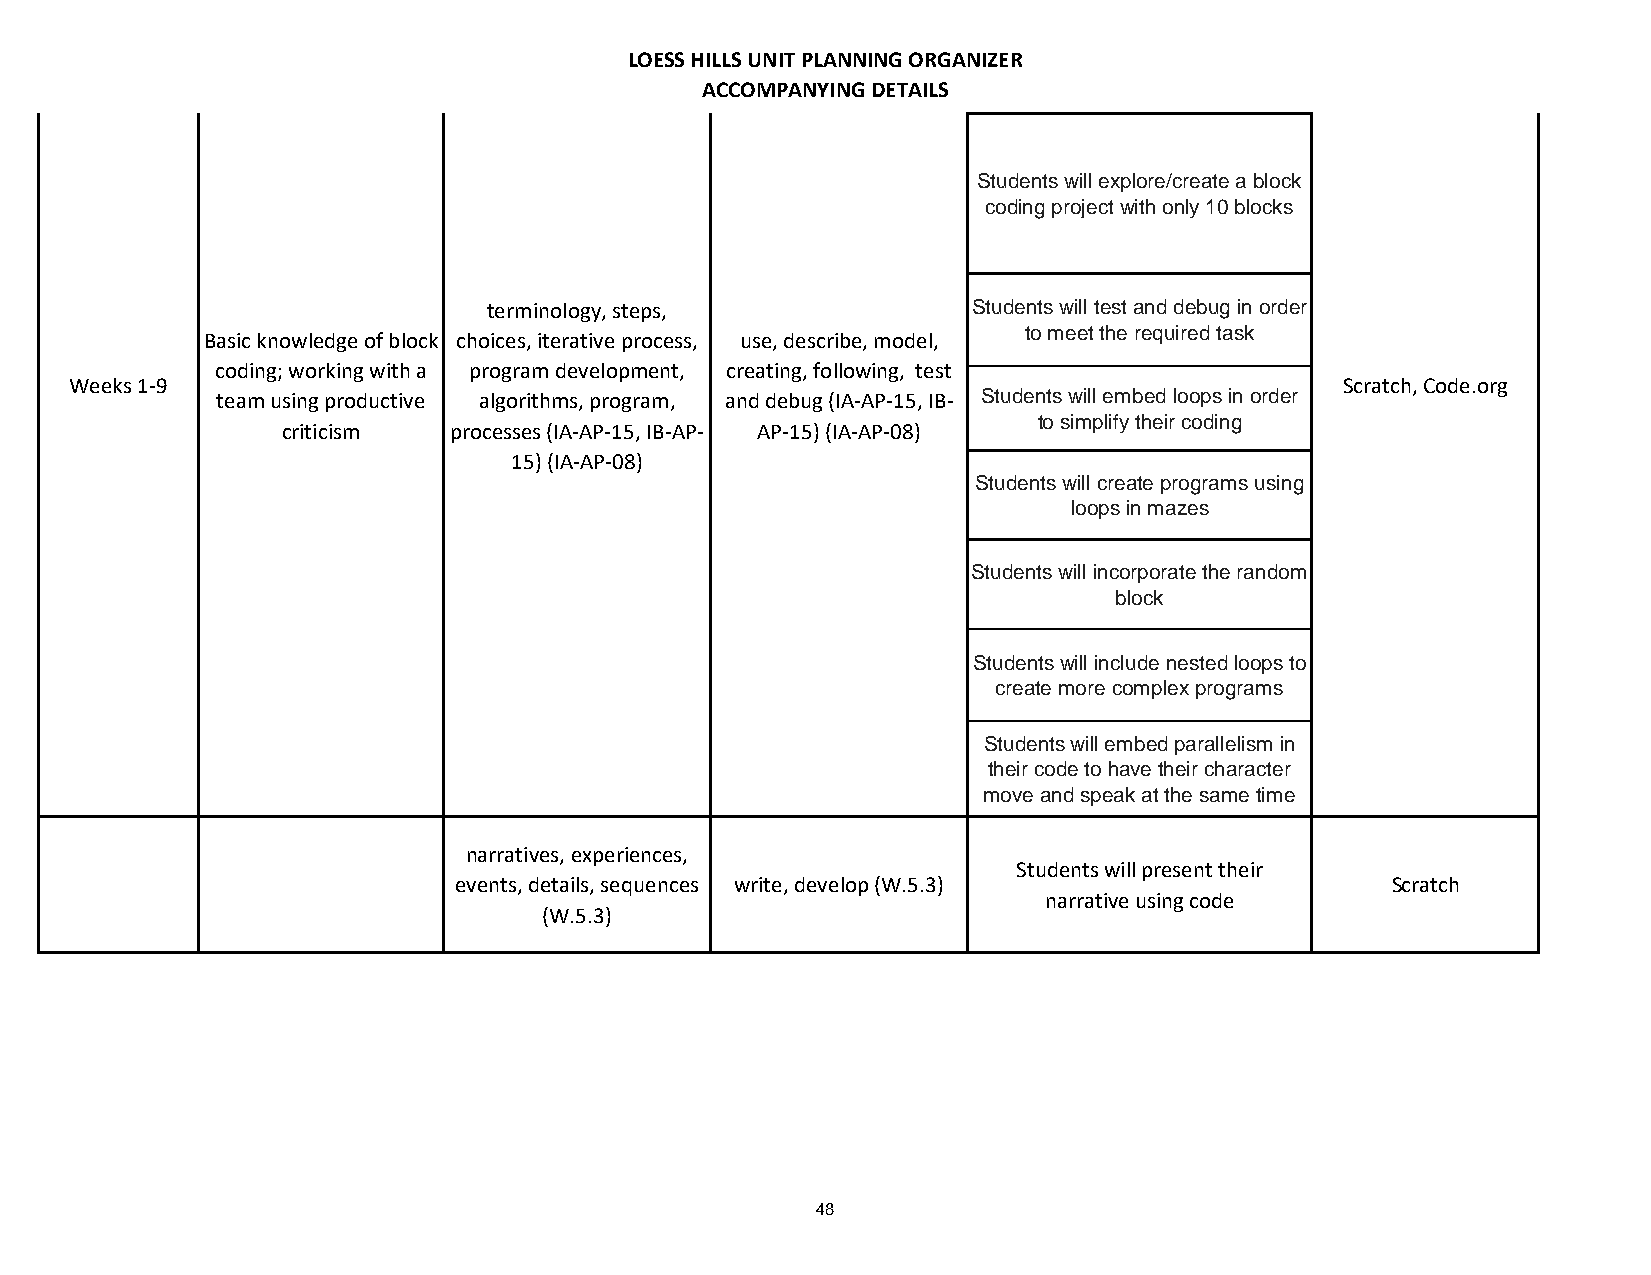
LOESS HILLS UNIT PLANNING ORGANIZER
 ACCOMPANYING DETAILS
 Students will explore/create a block
 coding project with only 10 blocks
 terminology, steps,             Students will test and debug in order
 to meet the required task
 Basic knowledge of block choices, iterative process, use, describe, model,
 coding; working with a program development, creating, following, test
 Weeks 1-9                                                                           Scratch, Code.org
 team using productive algorithms, program, and debug (IA-AP-15, IB- Students will embed loops in order
 to simplify their coding
 criticism  processes (IA-AP-15, IB-AP- AP-15) (IA-AP-08)
 15) (IA-AP-08)
 Students will create programs using
 loops in mazes
 Students will incorporate the random
 block
 Students will include nested loops to
 create more complex programs
 Students will embed parallelism in
 their code to have their character
 move and speak at the same time
 narratives, experiences,
 Students will present their
 events, details, sequences write, develop (W.5.3)             Scratch
 narrative using code
 (W.5.3)
 48